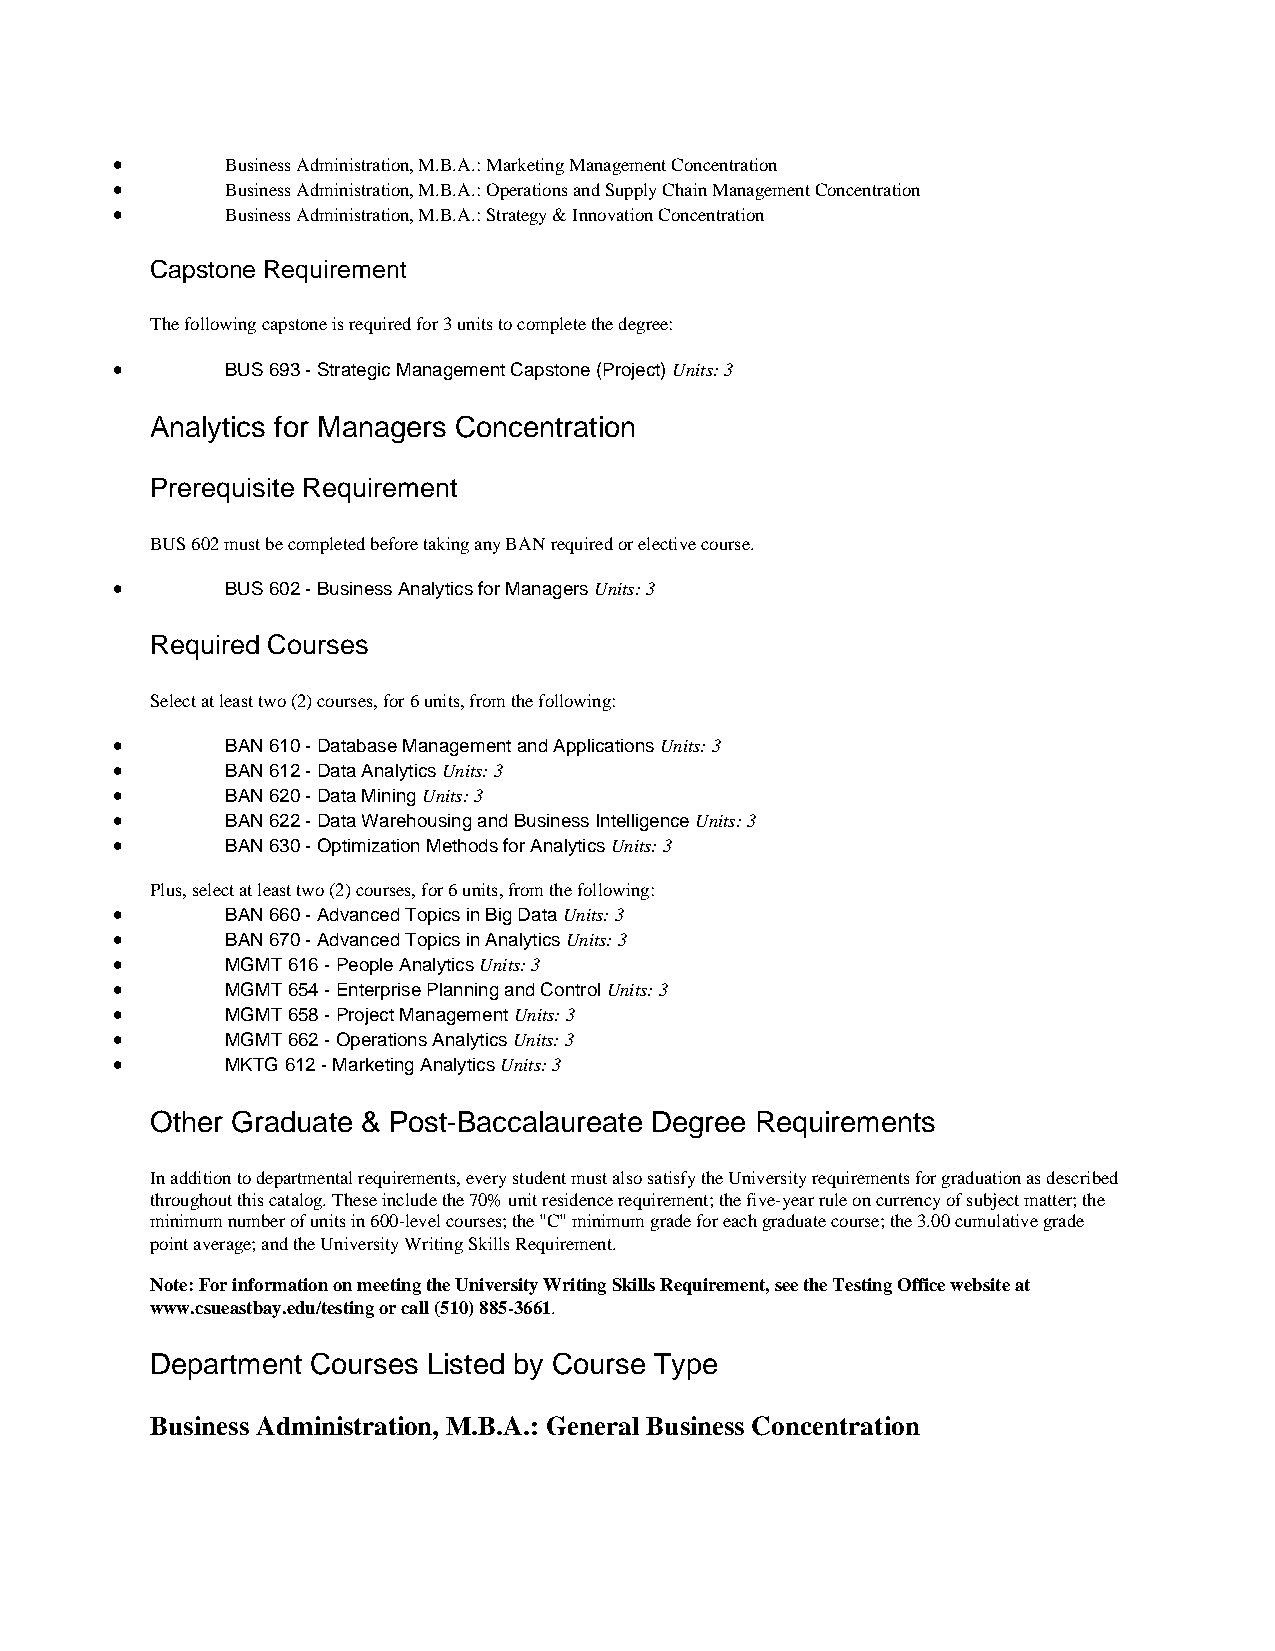
•       Business Administration, M.B.A.: Marketing Management Concentration
 •       Business Administration, M.B.A.: Operations and Supply Chain Management Concentration
 •       Business Administration, M.B.A.: Strategy & Innovation Concentration
 Capstone Requirement
 The following capstone is required for 3 units to complete the degree:
 •       BUS 693 - Strategic Management Capstone (Project) Units: 3
 Analytics for Managers Concentration
 Prerequisite Requirement
 BUS 602 must be completed before taking any BAN required or elective course.
 •       BUS 602 - Business Analytics for Managers Units: 3
 Required Courses
 Select at least two (2) courses, for 6 units, from the following:
 •       BAN 610 - Database Management and Applications Units: 3
 •       BAN 612 - Data Analytics Units: 3
 •       BAN 620 - Data Mining Units: 3
 •       BAN 622 - Data Warehousing and Business Intelligence Units: 3
 •       BAN 630 - Optimization Methods for Analytics Units: 3
 Plus, select at least two (2) courses, for 6 units, from the following:
 •       BAN 660 - Advanced Topics in Big Data Units: 3
 •       BAN 670 - Advanced Topics in Analytics Units: 3
 •       MGMT 616 - People Analytics Units: 3
 •       MGMT 654 - Enterprise Planning and Control Units: 3
 •       MGMT 658 - Project Management Units: 3
 •       MGMT 662 - Operations Analytics Units: 3
 •       MKTG 612 - Marketing Analytics Units: 3
 Other Graduate & Post-Baccalaureate Degree Requirements
 In addition to departmental requirements, every student must also satisfy the University requirements for graduation as described
 throughout this catalog. These include the 70% unit residence requirement; the five-year rule on currency of subject matter; the
 minimum number of units in 600-level courses; the "C" minimum grade for each graduate course; the 3.00 cumulative grade
 point average; and the University Writing Skills Requirement.
 Note: For information on meeting the University Writing Skills Requirement, see the Testing Office website at
 www.csueastbay.edu/testing or call (510) 885-3661.
 Department Courses Listed by Course Type
 Business Administration, M.B.A.: General Business Concentration